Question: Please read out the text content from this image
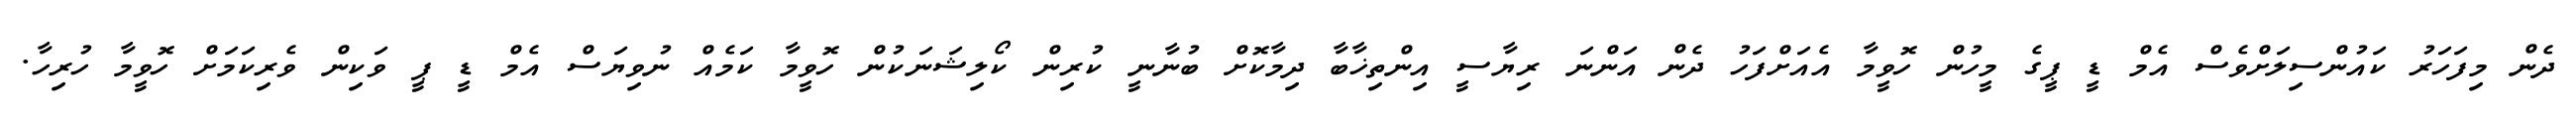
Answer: ދެން މިފަހަރު ކައުންސިލަށްވެސް އެމް ޑީ ޕީގެ މީހުން ހޮވީމާ އެއަށްފަހު ދެން އަންނަ ރިޔާސީ އިންތިޚާބާ ދިމާކޮށް ބުނާނީ ކުރިން ކޯލިޝަނަކުން ހޮވީމާ ކަމެއް ނުވިޔަސް އެމް ޑީ ޕީ ވަކިން ވެރިކަމަށް ހޮވީމާ ހުރިހާ.